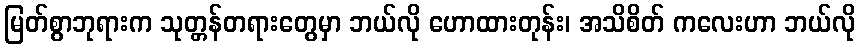
မြတ်စွာဘုရားက သုတ္တန်တရားတွေမှာ ဘယ်လို ဟောထားတုန်း၊ အသိစိတ် ကလေးဟာ ဘယ်လို